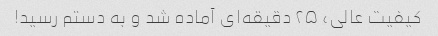
کیفیت عالی، ۲۵ دقیقه‌ای آماده شد و به دستم رسید!